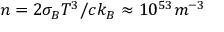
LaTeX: n = 2 \sigma _ { B } T ^ { 3 } / c k _ { B } \approx 1 0 ^ { 5 3 } m ^ { - 3 }